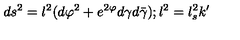
d s ^ { 2 } = l ^ { 2 } ( d \varphi ^ { 2 } + e ^ { 2 \varphi } d \gamma d \bar { \gamma } ) ; l ^ { 2 } = l _ { s } ^ { 2 } k ^ { \prime }